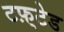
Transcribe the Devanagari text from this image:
टफ़्टेड